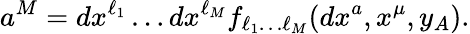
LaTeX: a^{M}=dx^{\ell_{1}}\dots dx^{\ell_{M}}f_{\ell_{1}\dots\ell_{M}}(dx^{a},x^{\mu},y_{A}).